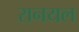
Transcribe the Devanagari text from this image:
रानयल